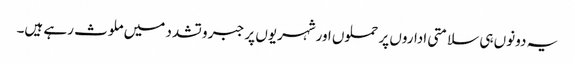
یہ دونوں ہی سلامتی اداروں پر حملوں اورشہریوں پر جبر و تشدد میں ملوث رہے ہیں۔